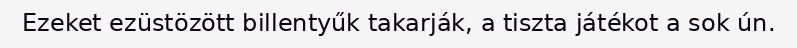
Ezeket ezüstözött billentyűk takarják, a tiszta játékot a sok ún.